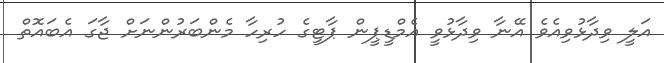
އަލީ ވިދާޅުވިއެވެ އޭނާ ވިދާޅުވީ އެމްޑީޕީން ޕާޓީގެ ހުރިހާ މެންބަރުންނަށް ޖާގަ އެބައޮތް